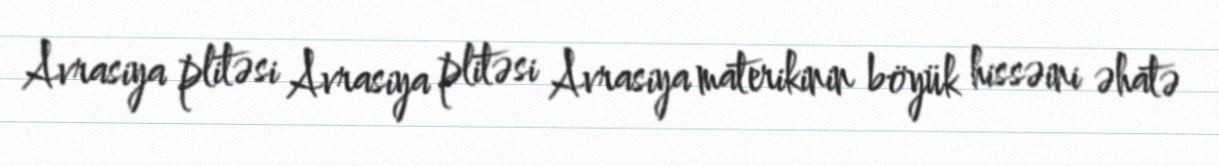
Avrasiya plitəsi Avrasiya plitəsi Avrasiya materikinin böyük hissəini əhatə